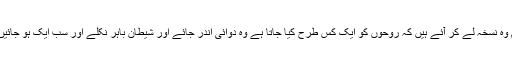
ہم وہ نسخہ لے کر آئے ہیں کہ روحوں کو ایک کس طرح کیا جاتا ہے وہ دوائی اندر جائے اور شیطان باہر نکلے اور سب ایک ہو جائیں ۔